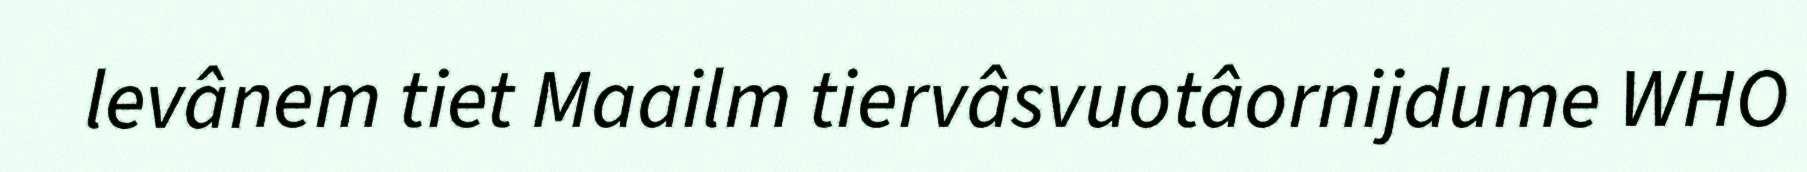
levânem tiet Maailm tiervâsvuotâornijdume WHO